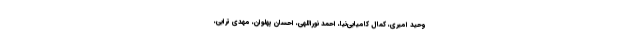
وحید امیری، کمال کامیابی‌نیا، احمد نوراللهی، احسان پهلوان، مهدی ترابی،